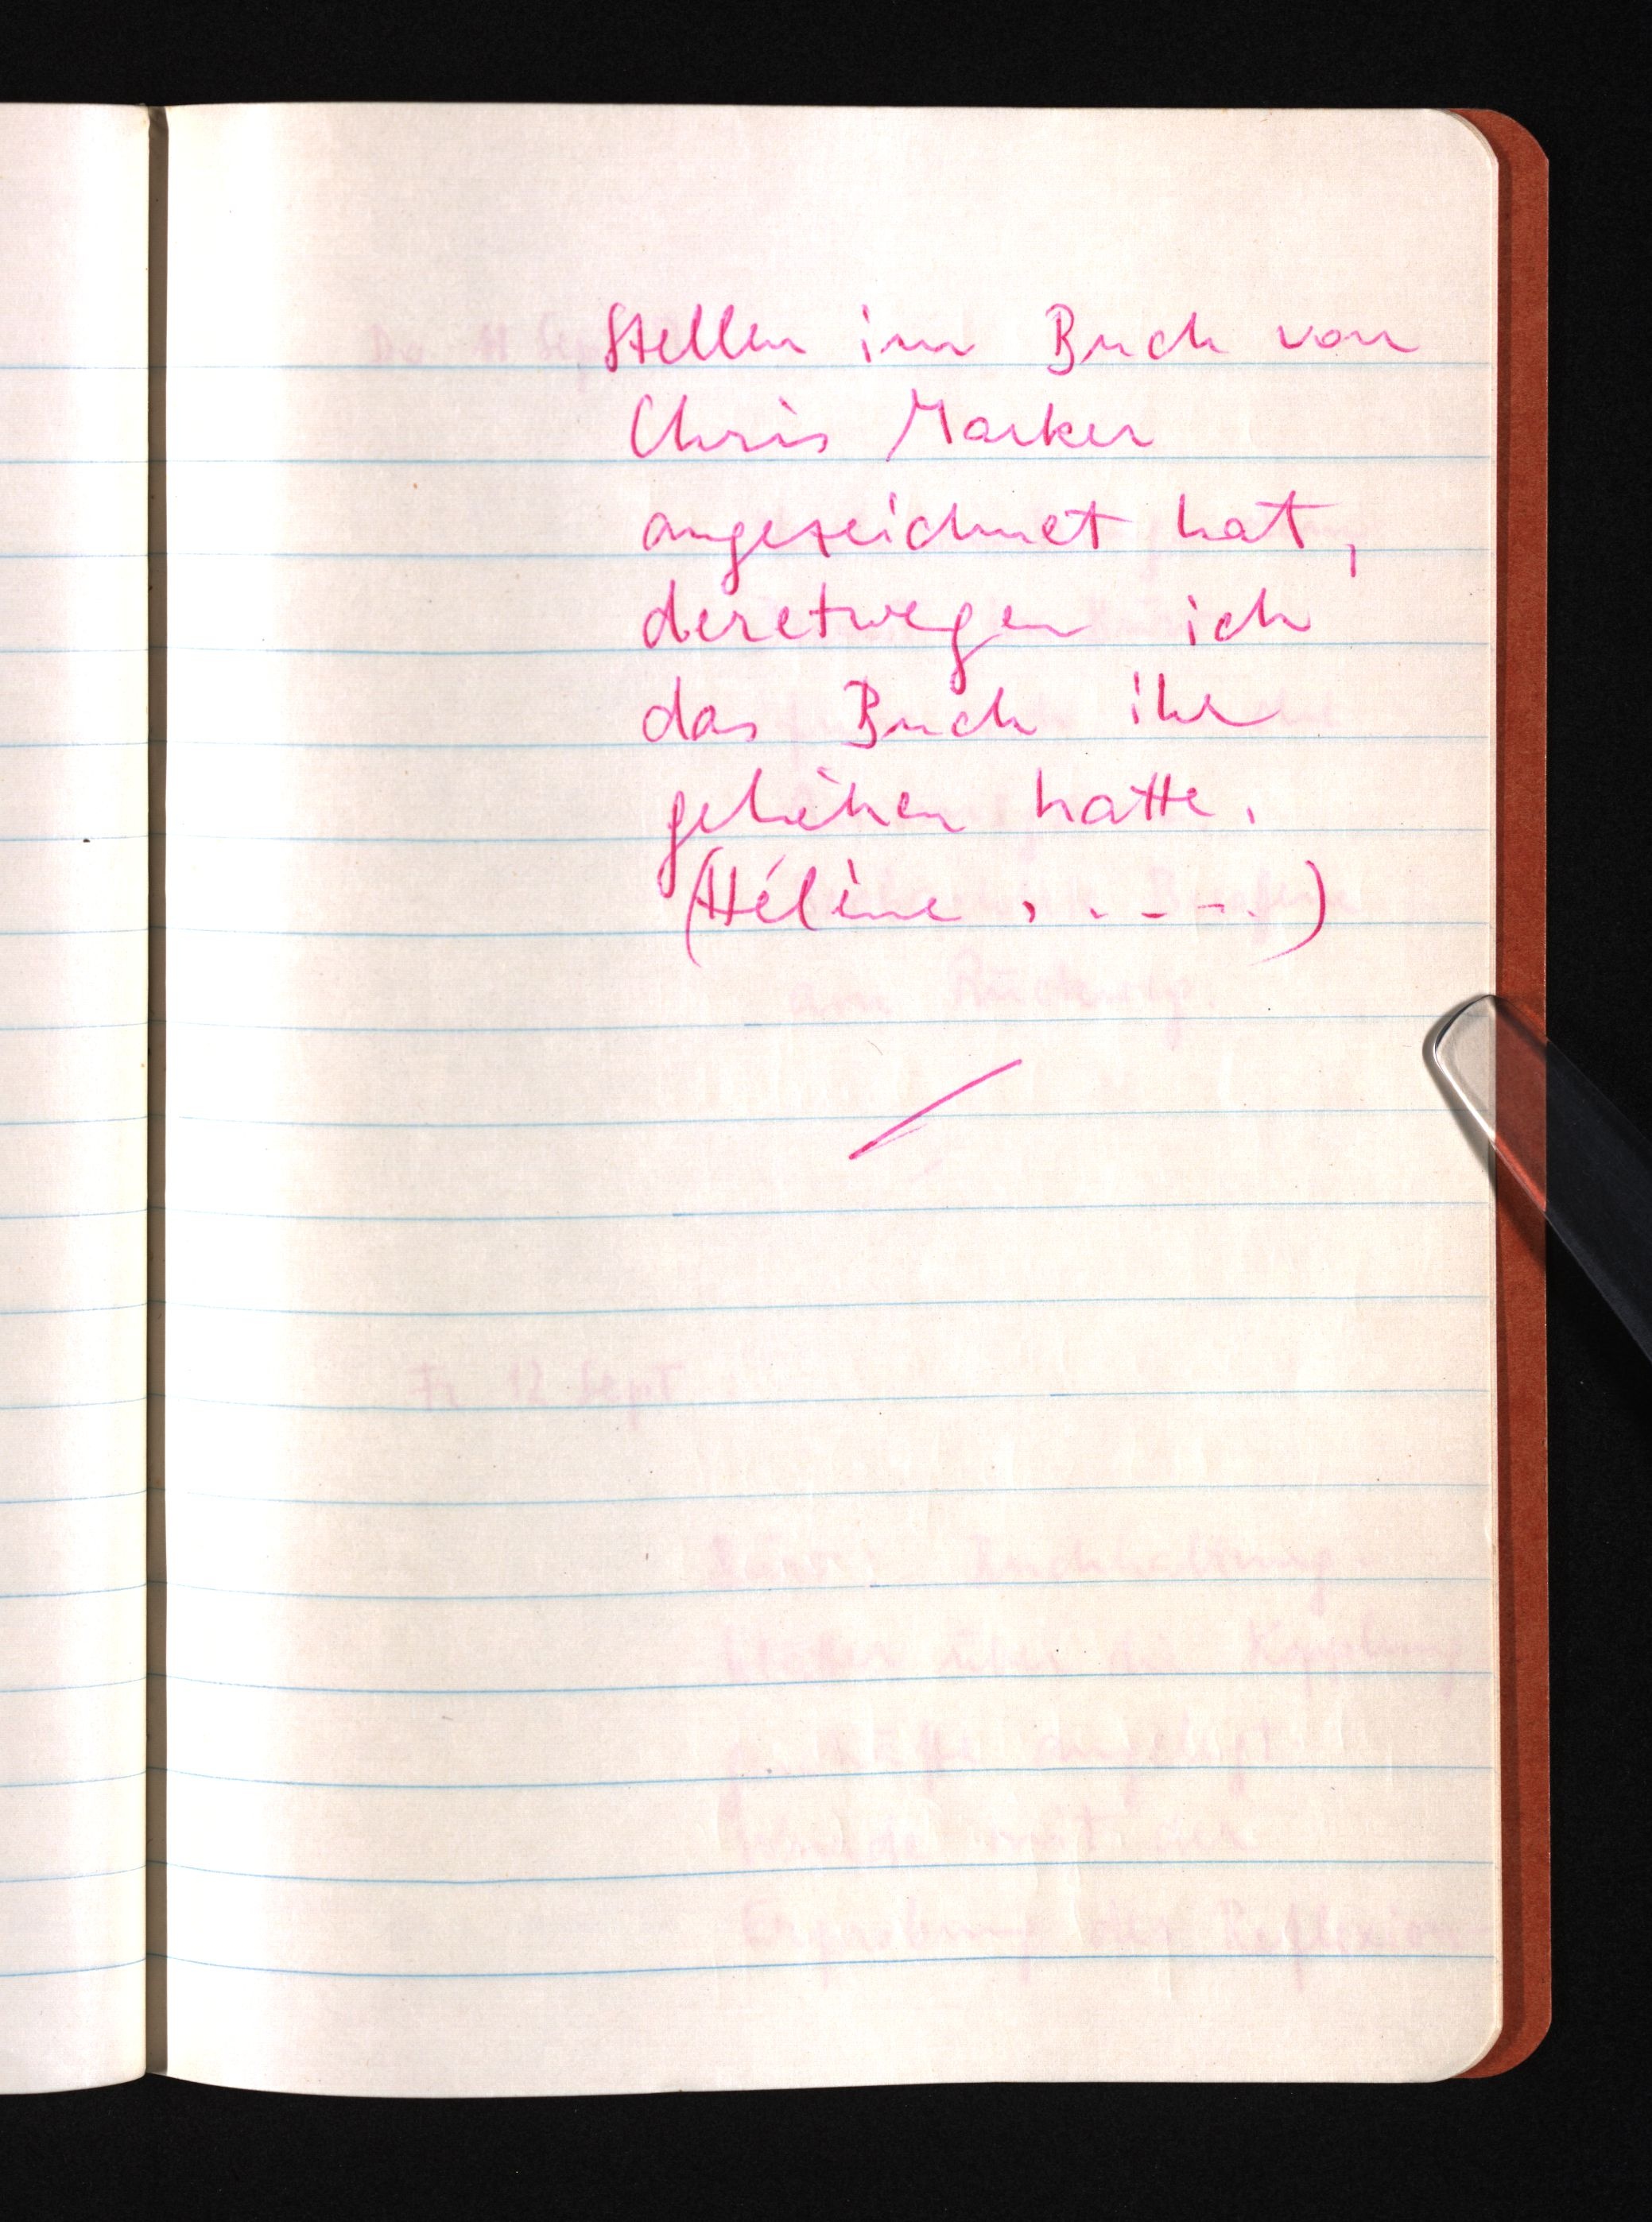
Stellen im Buch von
Chris Marker
angezeichnet hat,
deretwegen ich
das Buch ihr
geliehen hatte.
(Hélène .....)